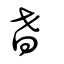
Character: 耆